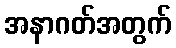
အနာဂတ်အတွက်